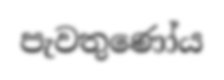
පැවතුණෝය